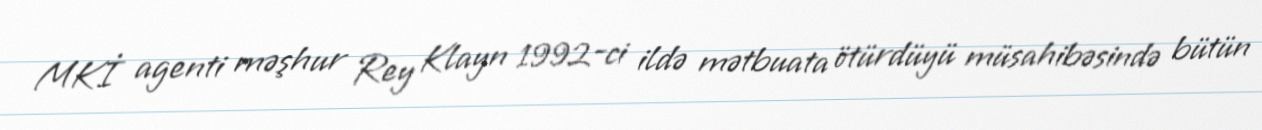
MKİ agenti məşhur Rey Klayn 1992-ci ildə mətbuata ötürdüyü müsahibəsində bütün